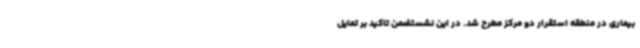
بیماری در منطقه استقرار دو مرکز مطرح شد. در این نشستضمن تاکید بر تمایل